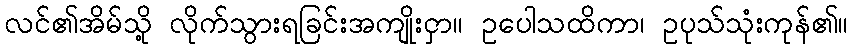
လင်၏အိမ်သို့ လိုက်သွားရခြင်းအကျိုးငှာ။ ဥပေါသထိကာ၊ ဥပုသ်သုံးကုန်၏။